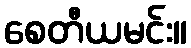
စေတီယမင်း။